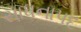
સાધનાપદ